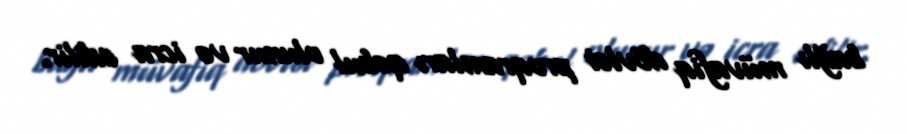
bağlı müvafiq dövlət proqramları qəbul olunur və icra edilir.